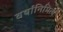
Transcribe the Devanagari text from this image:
वर्षानिमित्‍य